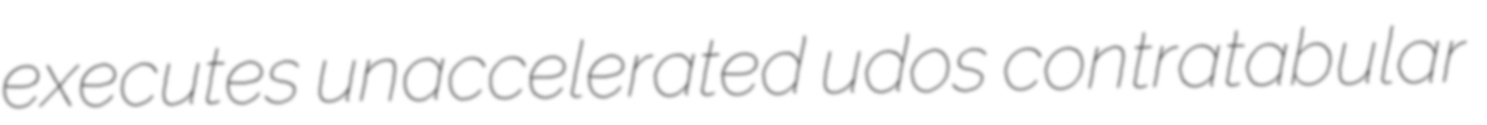
executes unaccelerated udos contratabular